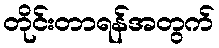
တိုင်းတာရန်အတွက်